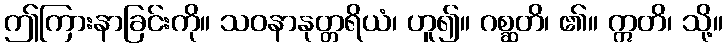
ဤကြားနာခြင်းကို။ သဝနာနုတ္တရိယံ၊ ဟူ၍။ ဂစ္ဆတိ၊ ၏။ ဣတိ၊ သို့။